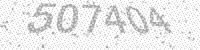
Solution: 507404